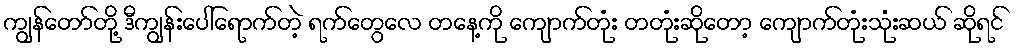
ကျွန်တော်တို့ ဒီကျွန်းပေါ်ရောက်တဲ့ ရက်တွေလေ တနေ့ကို ကျောက်တုံး တတုံးဆိုတော့ ကျောက်တုံးသုံးဆယ် ဆိုရင်